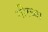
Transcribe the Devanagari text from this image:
गीरच्या